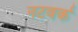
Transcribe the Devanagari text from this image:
नटवर्क